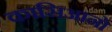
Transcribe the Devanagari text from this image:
कासिआनो